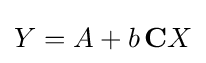
Y=A+b\,\mathbf {C} X